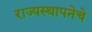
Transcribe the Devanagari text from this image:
राज्यस्थापनेचे